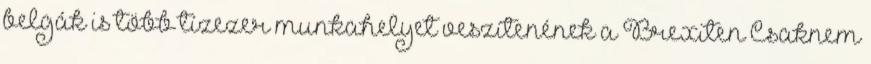
belgák is több tízezer munkahelyet veszítenének a Brexiten Csaknem